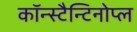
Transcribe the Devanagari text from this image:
कॉन्स्टैन्टिनोप्ल